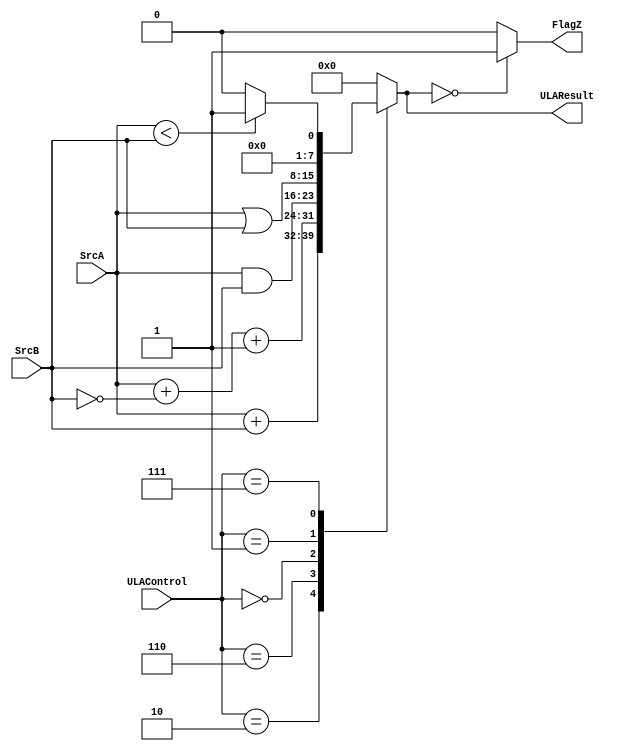
module ULA(input [7:0]SrcA, SrcB,
           input [2:0]ULAControl,
           output reg[7:0]ULAResult,
           output reg FlagZ);

  always@(*) begin
    case(ULAControl)
      3'b010:ULAResult=SrcA+SrcB;
      3'b110:ULAResult=SrcA+(~SrcB)+1'b1;
      3'b000:ULAResult=SrcA&SrcB;
      3'b001:ULAResult=SrcA|SrcB;
      3'b111:ULAResult=(SrcA<SrcB)?8'b1:8'b0;
      default: ULAResult=8'b0;
    endcase

    if(ULAResult==8'b0)
      FlagZ = 1'b1;
    else
      FlagZ = 1'b0;
  end

endmodule